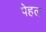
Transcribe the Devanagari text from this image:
पेहल